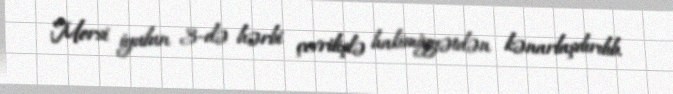
Morsi iyulun 3-də hərbi çevrilişlə hakimiyyətdən kənarlaşdırılıb.